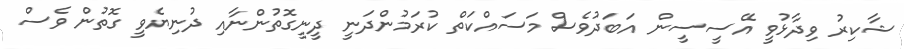
ޝާކިރު ވިދާޅުވީ އޭސީސީން އަބަދުވެސް މަސައްކަތް ކުރަމުންދަނީ ދީނީގޮތުންނާއި ދުނިޔެވީ ގޮތުން ވެސް